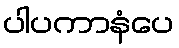
ပါပကာနံပေ